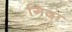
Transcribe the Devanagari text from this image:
गिदा